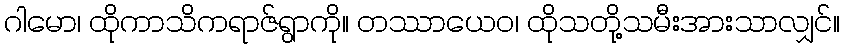
ဂါမော၊ ထိုကာသိကရာဇ်ရွာကို။ တဿာယေဝ၊ ထိုသတို့သမီးအားသာလျှင်။